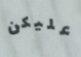
عليكن